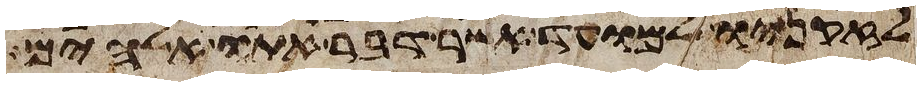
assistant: לזקניו למועד אשר דבר אתו אלהים